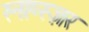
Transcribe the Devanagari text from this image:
स्नाप्स्ज़र